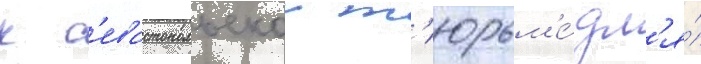
к с'евастопольскои т'юрьм'е́ дл'я́